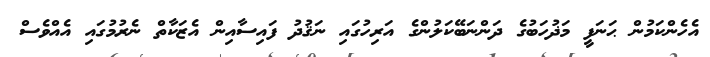
އެހެންކަމުން ޙަނަފީ މަޛުހަބުގެ ދަންނަބޭކަލުންގެ އަރިހުގައި ނަޤުދު ފައިސާއިން އެޒަކާތް ނެރުމުގައި އެއްވެސް